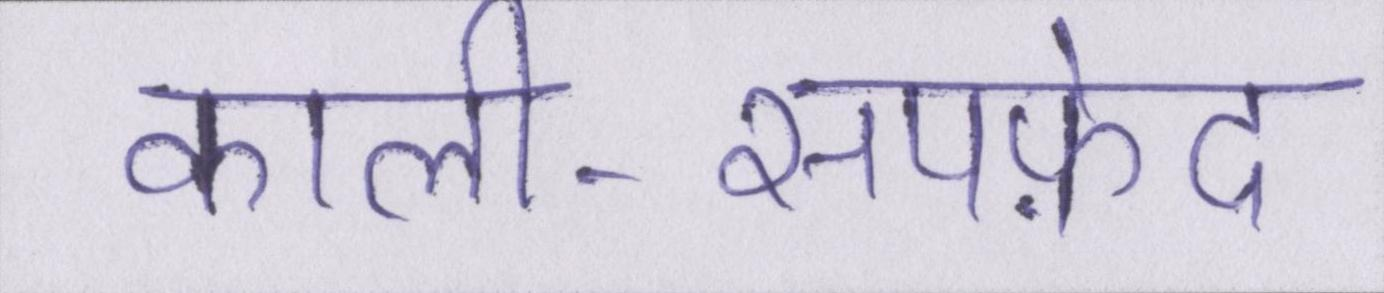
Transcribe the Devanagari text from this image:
काली-सपफ़ेद